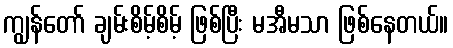
ကျွန်တော် ချမ်းစိမ့်စိမ့် ဖြစ်ပြီး မအီမသာ ဖြစ်နေတယ်။